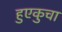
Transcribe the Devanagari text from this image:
हुएकुचा